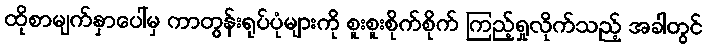
ထိုစာမျက်နှာပေါ်မှ ကာတွန်းရုပ်ပုံများကို စူးစူးစိုက်စိုက် ကြည့်ရှုလိုက်သည့် အခါတွင်